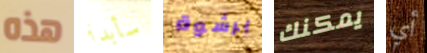
هذه سأبدأ برشوة يمكنك أي